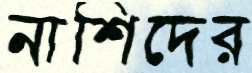
নাশিদের